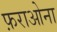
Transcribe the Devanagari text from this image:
फ़राओना